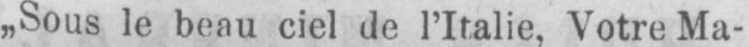
„Sous le beau ciel de l’Italie, Votre Ma-